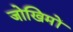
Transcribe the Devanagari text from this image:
जोखिमों